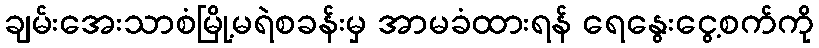
ချမ်းအေးသာစံမြို့မရဲစခန်းမှ အာမခံထားရန် ရေနွေးငွေ့စက်ကို